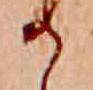
か